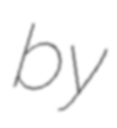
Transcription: by